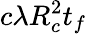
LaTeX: c\lambda R_{c}^{2}t_{f}